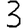
Digit: 3